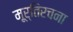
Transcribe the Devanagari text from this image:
मूर्तिरचना